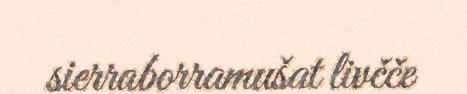
sierraborramušat livčče